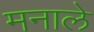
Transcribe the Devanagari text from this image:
मनाले